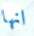
انها